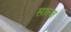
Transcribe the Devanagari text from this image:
साल्ज